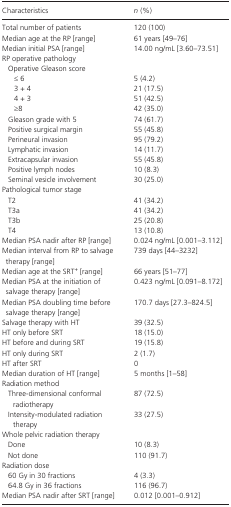
<table><thead><tr><td><b>Characteristics</b></td><td><b><i>n</i> (%)</b></td></tr></thead><tbody><tr><td>Total number of patients</td><td>120 (100)</td></tr><tr><td>Median age at the RP [range]</td><td>61 years [49–76]</td></tr><tr><td>Median initial PSA [range]</td><td>14.00 ng/mL [3.60–73.51]</td></tr><tr><td colspan="2">RP operative pathology</td></tr><tr><td colspan="2">Operative Gleason score</td></tr><tr><td>≤ 6</td><td>5 (4.2)</td></tr><tr><td>3 + 4</td><td>21 (17.5)</td></tr><tr><td>4 + 3</td><td>51 (42.5)</td></tr><tr><td>≥8</td><td>42 (35.0)</td></tr><tr><td>Gleason grade with 5</td><td>74 (61.7)</td></tr><tr><td>Positive surgical margin</td><td>55 (45.8)</td></tr><tr><td>Perineural invasion</td><td>95 (79.2)</td></tr><tr><td>Lymphatic invasion</td><td>14 (11.7)</td></tr><tr><td>Extracapsular invasion</td><td>55 (45.8)</td></tr><tr><td>Positive lymph nodes</td><td>10 (8.3)</td></tr><tr><td>Seminal vesicle involvement</td><td>30 (25.0)</td></tr><tr><td colspan="2">Pathological tumor stage</td></tr><tr><td>T2</td><td>41 (34.2)</td></tr><tr><td>T3a</td><td>41 (34.2)</td></tr><tr><td>T3b</td><td>25 (20.8)</td></tr><tr><td>T4</td><td>13 (10.8)</td></tr><tr><td>Median PSA nadir after RP [range]</td><td>0.024 ng/mL [0.001–3.112]</td></tr><tr><td>Median interval from RP to salvage therapy [range]</td><td>739 days [44–3232]</td></tr><tr><td>Median age at the SRT<sup>+</sup> [range]</td><td>66 years [51–77]</td></tr><tr><td>Median PSA at the initiation of salvage therapy [range]</td><td>0.423 ng/mL [0.091–8.172]</td></tr><tr><td>Median PSA doubling time before salvage therapy [range]</td><td>170.7 days [27.3–824.5]</td></tr><tr><td>Salvage therapy with HT</td><td>39 (32.5)</td></tr><tr><td>HT only before SRT</td><td>18 (15.0)</td></tr><tr><td>HT before and during SRT</td><td>19 (15.8)</td></tr><tr><td>HT only during SRT</td><td>2 (1.7)</td></tr><tr><td>HT after SRT</td><td>0</td></tr><tr><td>Median duration of HT [range]</td><td>5 months [1–58]</td></tr><tr><td colspan="2">Radiation method</td></tr><tr><td>Three‐dimensional conformal radiotherapy</td><td>87 (72.5)</td></tr><tr><td>Intensity‐modulated radiation therapy</td><td>33 (27.5)</td></tr><tr><td colspan="2">Whole pelvic radiation therapy</td></tr><tr><td>Done</td><td>10 (8.3)</td></tr><tr><td>Not done</td><td>110 (91.7)</td></tr><tr><td colspan="2">Radiation dose</td></tr><tr><td>60 Gy in 30 fractions</td><td>4 (3.3)</td></tr><tr><td>64.8 Gy in 36 fractions</td><td>116 (96.7)</td></tr><tr><td>Median PSA nadir after SRT [range]</td><td>0.012 [0.001–0.912]</td></tr></tbody></table>